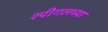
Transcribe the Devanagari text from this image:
श्पीगलच्या